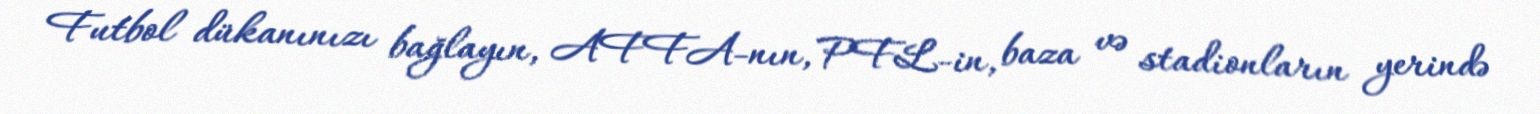
Futbol dükanınızı bağlayın, AFFA-nın, PFL-in, baza və stadionların yerində